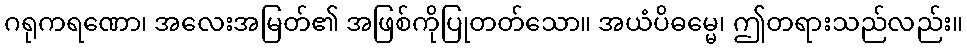
ဂရုကရဏော၊ အလေးအမြတ်၏ အဖြစ်ကိုပြုတတ်သော။ အယံပိဓမ္မေ၊ ဤတရားသည်လည်း။